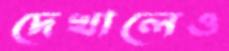
দেখালেও